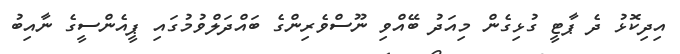
އިދިކޮޅު ދެ ޕާޓީ ގުޅިގެން މިއަދު ބޭއްވި ނޫސްވެރިންގެ ބައްދަލްވުމުގައި ޕީއެންސީގެ ނާއިބު